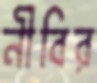
নীবির